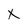
Character: X